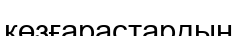
көзғарастардың